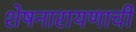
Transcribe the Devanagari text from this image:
शेषनारायणाची